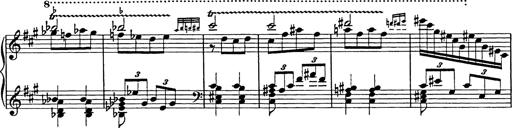
Title: Galop in A minor
Composer: Franz Liszt
Key: A minor